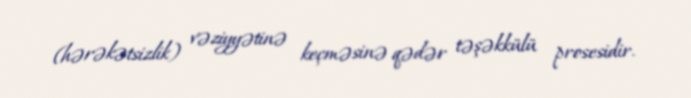
(hərəkətsizlik) vəziyyətinə keçməsinə qədər təşəkkülü prosesidir.